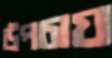
উপচায়